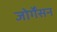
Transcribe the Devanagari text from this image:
जोर्गेंसन